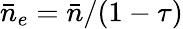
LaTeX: \bar{n}_{e}=\bar{n}/(1-\tau)